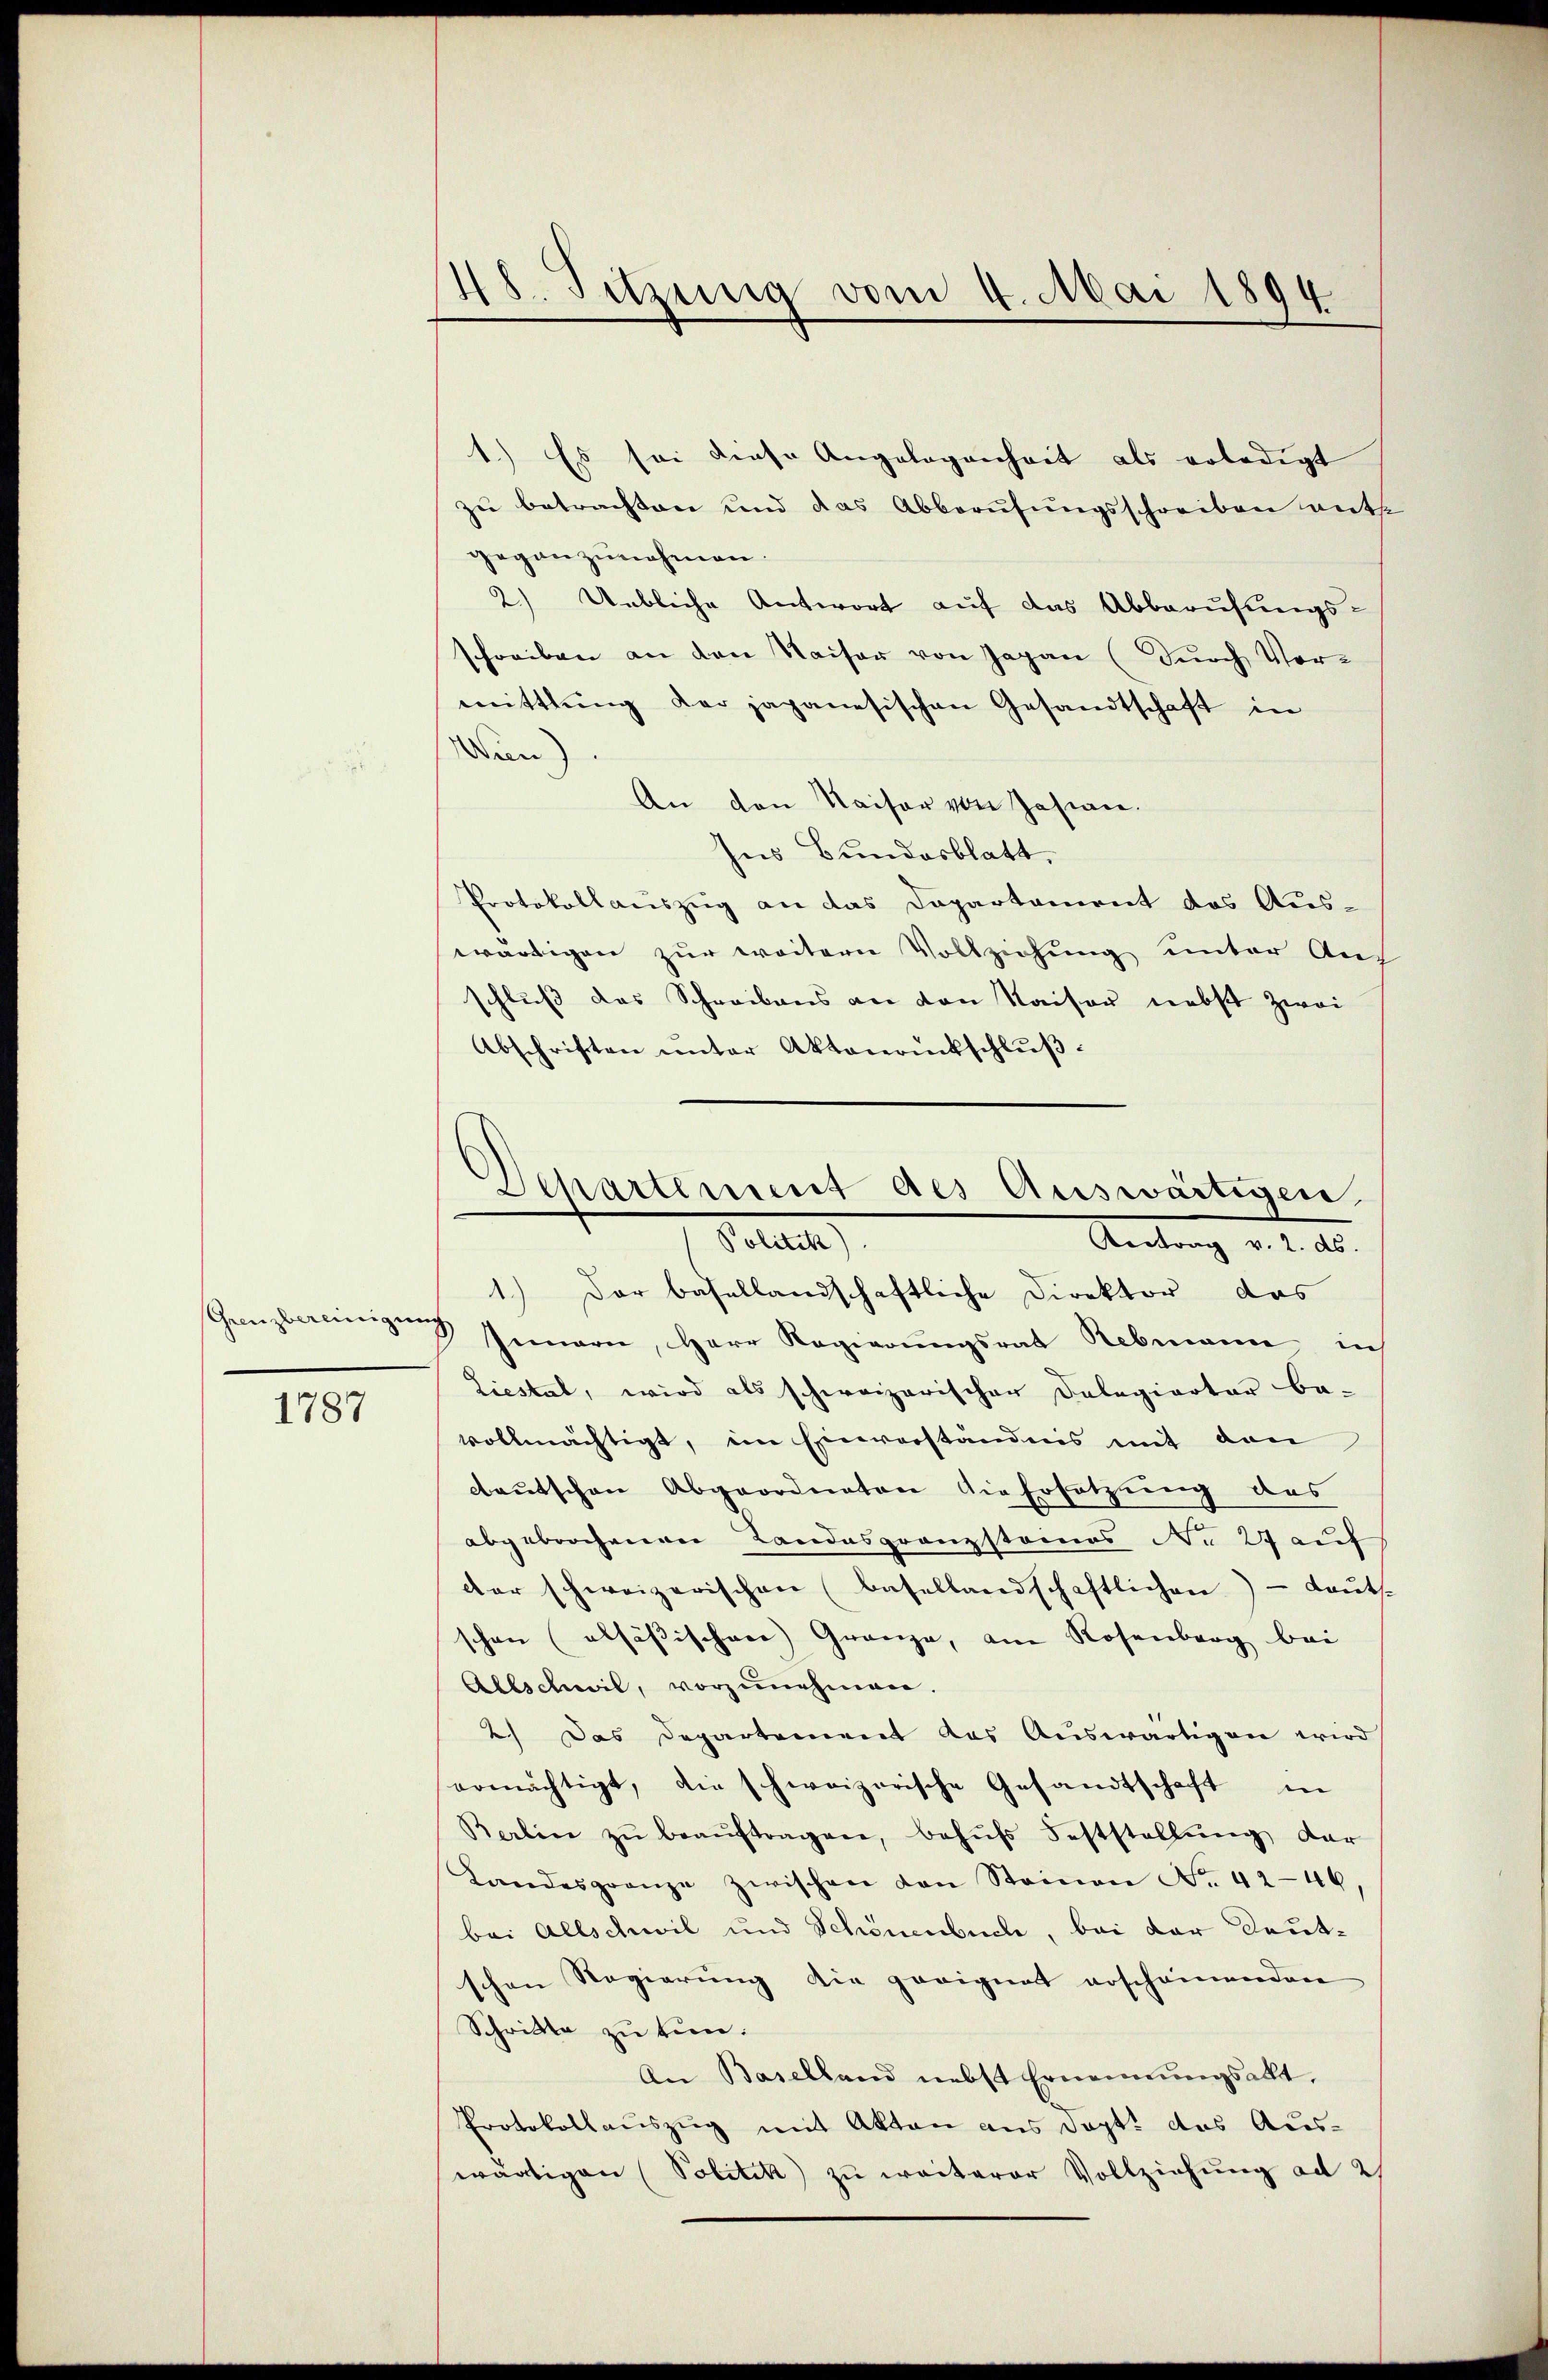
Grenzbereinigen

1787

48. Sitzung vom 4. Mai 1894

Departement des Auswärtigen,
Petit
Kontrag v. 2. ds.

Es sei diese Angelegenheit als erledigt
zŭ betrachten und das Abberufungsschreiben authe
gegenzunehmen.
2.) Uebliche Antwort auf das Abberufungsschreiben an den Kaiser von Japan (durch Vor-
mittlung der japanesischen Gesandtschaft in
Win)
An den Kaiser von Zasian.
ses Bundesblatt,
Protokollauszug an das Departement das Aus-
wärtigen zur weitern Vollziehung unter Aus
schluß das Schreibens an von Kaiser nebst zwei
Abschriften ŭnter Aktenrückschlŭβ:
1.) Der basellandschaftliche Direktor das
3 Genern, Herr Regierŭngsrat Rebmann in
Liestal, wird als schweizerischer Delegierter be-
vollmächtigt, im Einverständnis mit den
deutschen Abgeordneter die Ersatzung des
abgebrochenen Landesgrenzstanos No 27 auf
der schweizerischen (Basellandschaftlichen - Laŭts-
schen (alsässischen Gränze, am Rosenberg bei
Allschwil, vorzŭnehmen.
2.) Das Departement das Auswärtigen wird
ermächtigt, die schweizerische Gesandtschaft in
Barlin zŭ beaŭftragen, behŭfs Feststellŭng der
Landesgrenze zwischen den Steinen Nr. 4246,
bei Allschwil und Schönenbuche, bei der Deutschen Regierung die geeignet erscheinenden
Schritte zu tun.
An Baselland nebst Ernennungsakt,
Protokollauszug mit Akten aus Dopt. das Auswärtigen (Politik zu weiterer Vollziehung ad 2